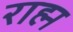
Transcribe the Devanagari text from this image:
राह्म